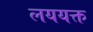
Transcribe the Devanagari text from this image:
लययक्त